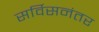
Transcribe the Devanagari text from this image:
सर्विसनंतर